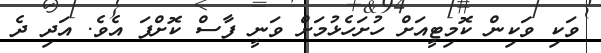
ވަކި ވަކިން ކޮމިޓީއަށް ހުށަހެޅުމަށް ވަނީ ފާސް ކޮށްފަ އެވެ. އަދި ދެ